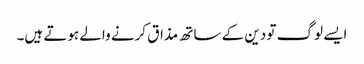
ایسے لوگ تو دین کے ساتھ مذاق کرنے والے ہوتے ہیں۔